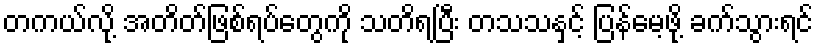
တကယ်လို့ အတိတ်ဖြစ်ရပ်တွေကို သတိရပြီး တသသနှင့် ပြန်မေ့ဖို့ ခက်သွားရင်